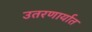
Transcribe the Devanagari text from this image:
उतरणार्यात